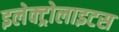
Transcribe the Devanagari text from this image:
इलेक्ट्रोलाइटस